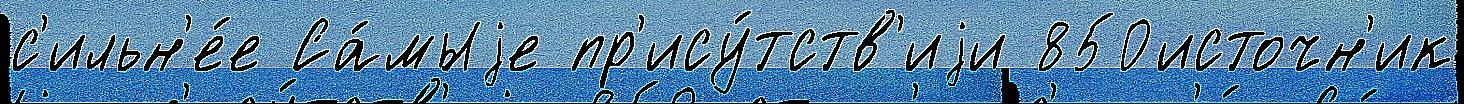
с'ильн'е́е Са́мыjе пр'ису́тств'иjи 850источн'ик